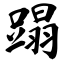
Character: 蹋